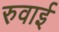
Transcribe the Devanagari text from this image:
रुवाई